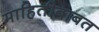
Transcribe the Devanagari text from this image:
माहितीबाबत